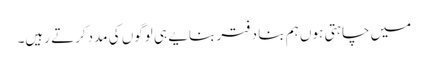
میں چاہتی ہوں ہم بنا دفتر بنایے ہی لوگوں کی مددکرتے رہیں۔